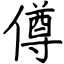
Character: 僔